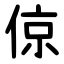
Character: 倞